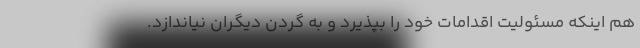
هم اینکه مسئولیت اقدامات خود را بپذیرد و به گردن دیگران نیاندازد.